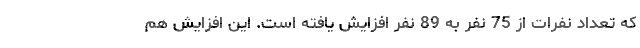
که تعداد نفرات از 75 نفر به 89 نفر افزایش یافته است. این افزایش هم